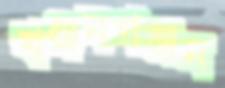
খঞ্জনগঞ্জন